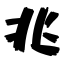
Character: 兆